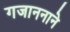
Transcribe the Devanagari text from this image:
गजाननाने